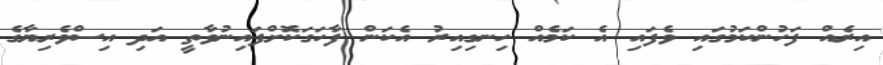
އިރެއް ފަހުންކަމުގައި ވެފައި އެ ކަމެއް ހިނގިއިރު އެކަން ފާހަގަކޮށްފައިނުވާތީ އަދި އިސްވެރިޔާގެ